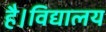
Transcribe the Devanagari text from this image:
है।विद्यालय